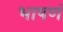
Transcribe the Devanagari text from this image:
भाषणं